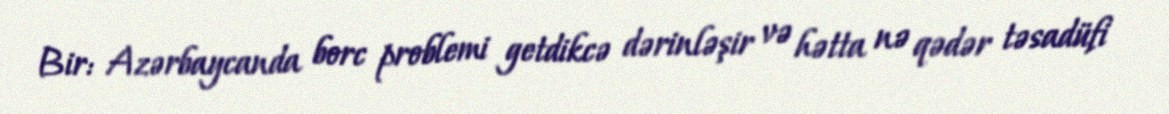
Bir: Azərbaycanda borc problemi getdikcə dərinləşir və hətta nə qədər təsadüfi